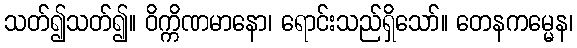
သတ်၍သတ်၍။ ဝိက္ကိဏမာနော၊ ရောင်းသည်ရှိသော်။ တေနကမ္မေန၊